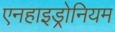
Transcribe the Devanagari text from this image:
एनहाइड्रोनियम